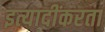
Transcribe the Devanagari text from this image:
इत्यादींकरता